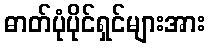
ဓာတ်ပုံပိုင်ရှင်များအား